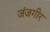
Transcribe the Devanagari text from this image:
जंजगीर